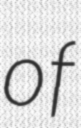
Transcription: of